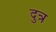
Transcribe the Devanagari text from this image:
दुत्र